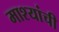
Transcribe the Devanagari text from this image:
माश्यांची